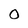
Character: O